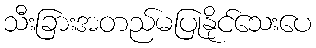
သီးခြားအတည်မပြုနိုင်သေးပေ